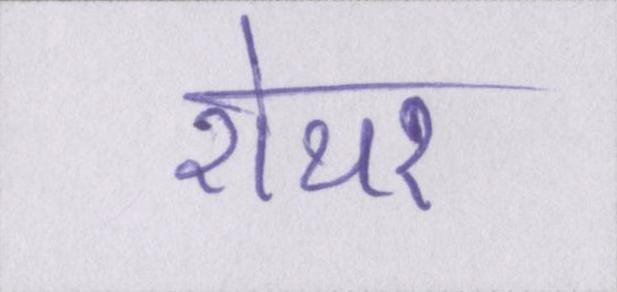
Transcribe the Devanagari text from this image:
शेयर